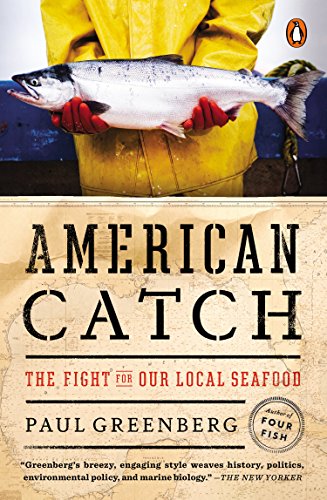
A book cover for American Catch: The Fight for Our Local Seafood; Paul Greenberg; Science & Math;